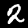
Digit: 2